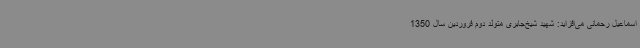
اسماعیل رحمانی می‌افزاید: شهید شیخ‌جابری متولد دوم فروردین سال 1350